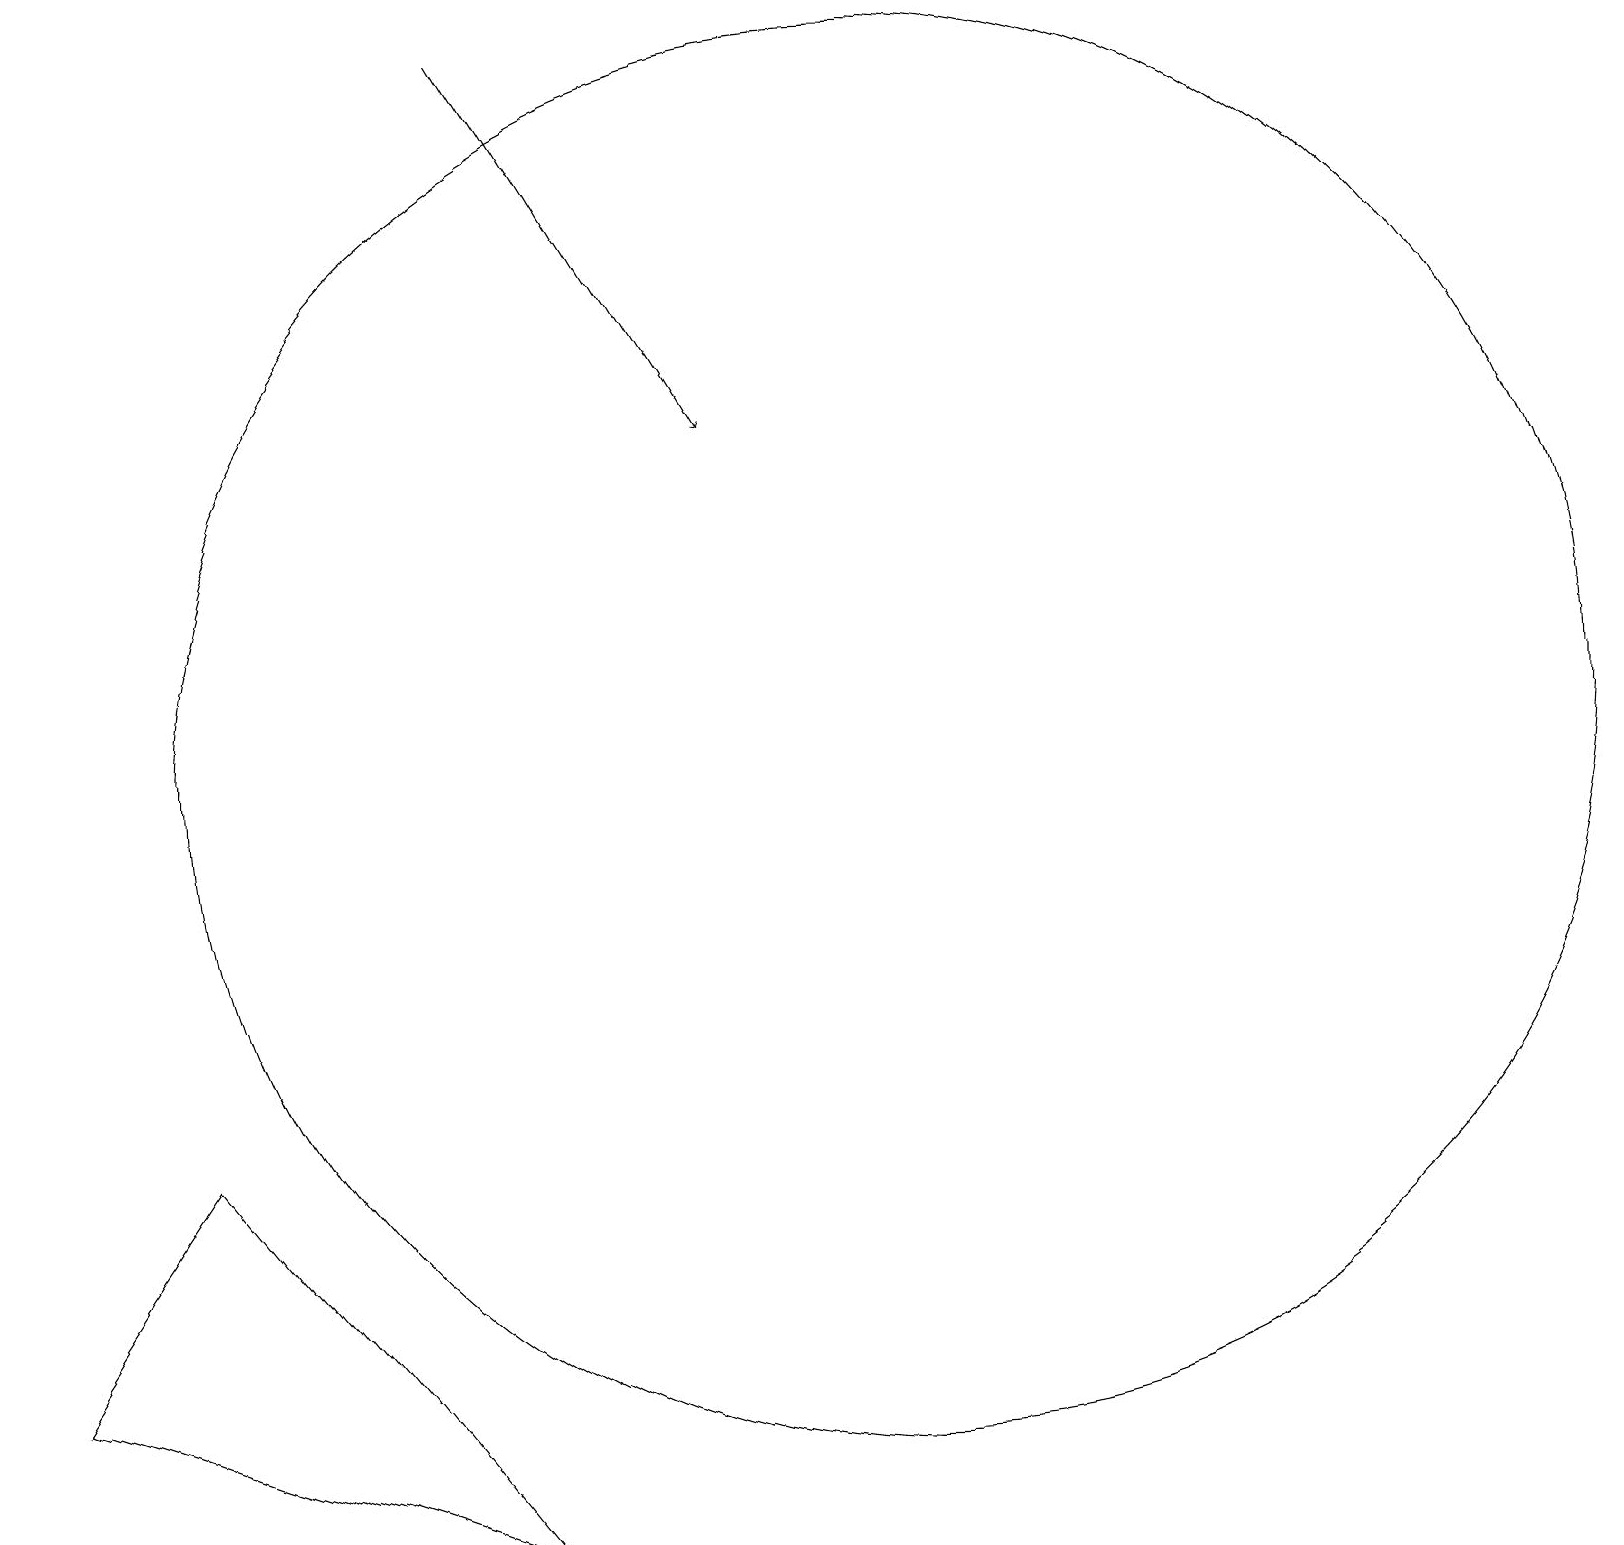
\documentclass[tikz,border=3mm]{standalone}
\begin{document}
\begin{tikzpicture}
\draw (11,10) circle (9);
\draw[->] (6,19) -- (9,14);
\draw (2,5) -- (6,0) -- (0,2) -- cycle;
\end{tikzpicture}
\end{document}